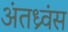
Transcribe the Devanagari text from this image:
अंतध्र्वंस